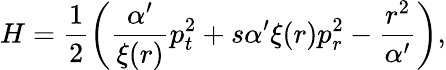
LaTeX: H=\frac{1}{2}\left(\frac{\alpha^{\prime}}{\xi(r)}p_{t}^{2}+s\alpha^{\prime}\xi(r)p_{r}^{2}-\frac{r^{2}}{\alpha^{\prime}}\right),